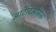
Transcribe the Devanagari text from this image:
आर्टेरिओसस